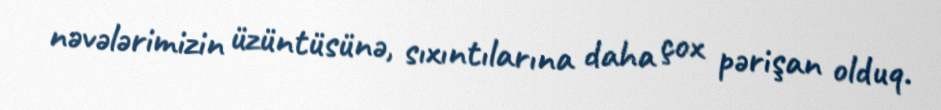
nəvələrimizin üzüntüsünə, sıxıntılarına daha çox pərişan olduq.